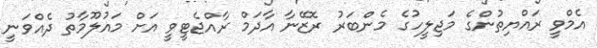
އެމްވީ ރައްޔިތުންގެ މަޖިލީހުގެ މެންބަރު ރޮޒޭނާ އާދަމް ރާއްޖެޓީވީ އަށް މައުލޫމާތު ދެއްވަނީ